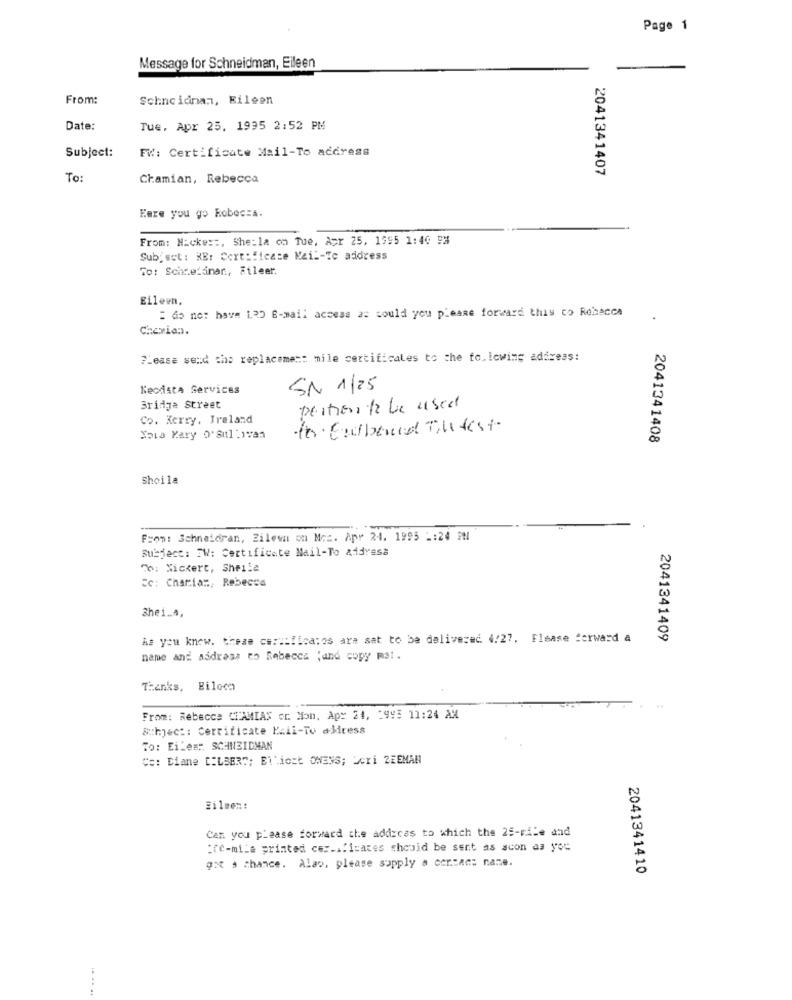
Page 1
Message for Schneidman, Eileen
From:
Schneidnan, Eileen
Date:
Tue, Apr 25. 1995 2:52 PM
FW: Certificate Mail-To address
Subject:
2041341407
To:
Chamian, Rebecca
Eere you go Robocza.
From: N:cke ::, She:la co Tue, Apr 25, 1995 1:40 5%
Subject : RE: Certificate Mail-Te address
To: Schnefinan, Etleer.
Eileen,
: do not have 12 E-mail access as could you please forward this co Rebecca
Chemian.
Please send tho replaceme == mile certificates to the following address:
KeodstA Services
SN 1/25
Bridge Street
portiers to be used
Co. Kerry, Ireland
to. Gudbrand Tu test
Nova Kary O'sullivan
2041341408
Sheila
From: Schneidran, Zilewn on Mrz. Apr 24. 1995 -: 24 PM
Subject: FW: Certificate Mail-To address
To: Nickert, Sheila
cc: Charia ::, Rebecca
Shei.A.
As you know. these certificates are sat to be delivered 4/27. Elsase forward a
2041341409
name and address to Rebecca ;and copy m1.
Thanks, Biloch
From: Rebecca CIAMIAS cr Mon, Apy 24, 2995 11:24 AM
Subject: Certificate Ezil-To address
To: Eiles: SCHNEIDMAN
Co: Diane [:LSER"; Elliott OWENS; Scri ZEEMAN
Filmen:
Can you please forward the address to which the 25-mile and
:re-mile printed cer .. "icates chesid be sent as scon da you
got a chance. Alao, please supply a contact name.
2041341410
...